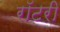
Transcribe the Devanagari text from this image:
रॉटरी